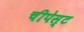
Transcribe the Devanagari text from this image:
चीपेस्ट